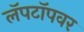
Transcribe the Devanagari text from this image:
लॅपटॉपवर